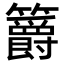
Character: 𥷮